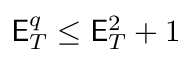
\mathsf { E } _ { T } ^ { q } \leq \mathsf { E } _ { T } ^ { 2 } + 1